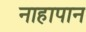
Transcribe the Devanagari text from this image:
नाहापान